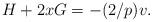
LaTeX: \begin{align*}H+2x G =-(2/p)v .\end{align*}